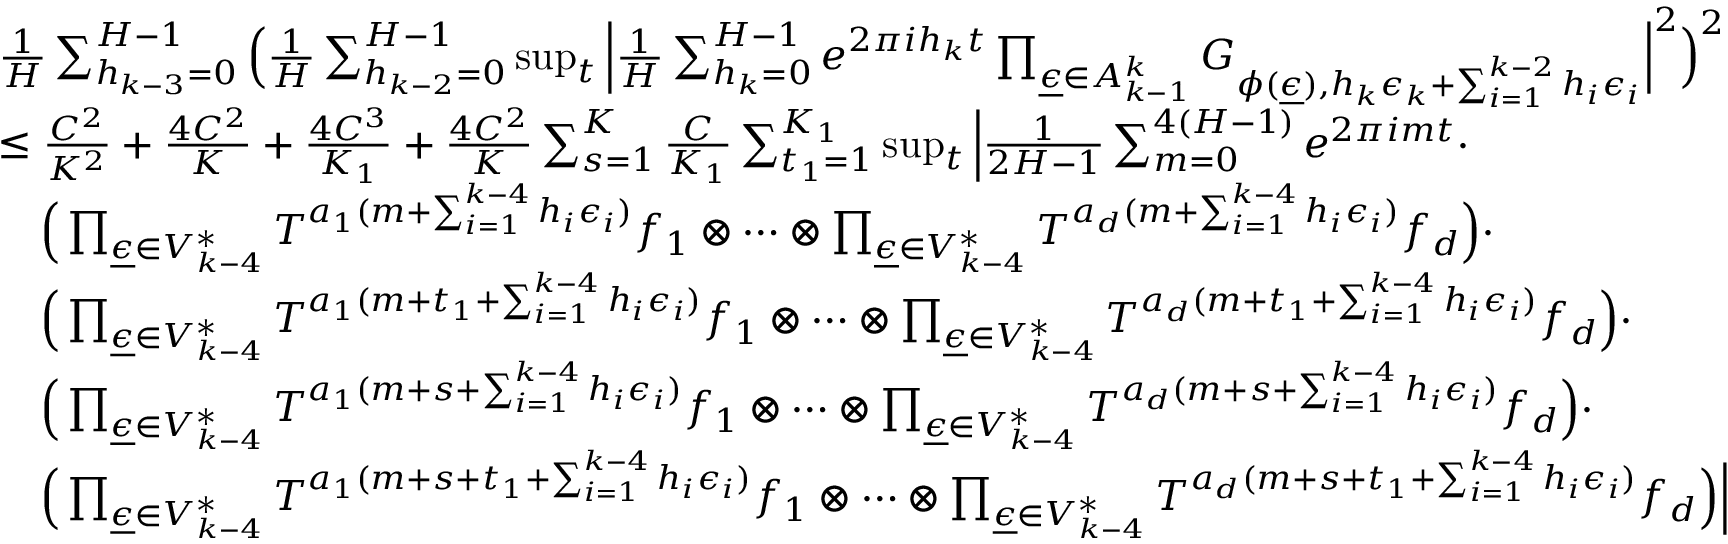
\begin{array} { r l } & { \frac { 1 } { H } \sum _ { h _ { k - 3 } = 0 } ^ { H - 1 } \Big ( \frac { 1 } { H } \sum _ { h _ { k - 2 } = 0 } ^ { H - 1 } \operatorname* { s u p } _ { t } \Big | \frac { 1 } { H } \sum _ { h _ { k } = 0 } ^ { H - 1 } e ^ { 2 \pi i h _ { k } t } \prod _ { \underline { { \epsilon } } \in A _ { k - 1 } ^ { k } } G _ { \phi ( \underline { { \epsilon } } ) , h _ { k } \epsilon _ { k } + \sum _ { i = 1 } ^ { k - 2 } h _ { i } \epsilon _ { i } } \Big | ^ { 2 } \Big ) ^ { 2 } } \\ & { \le \frac { C ^ { 2 } } { K ^ { 2 } } + \frac { 4 C ^ { 2 } } { K } + \frac { 4 C ^ { 3 } } { K _ { 1 } } + \frac { 4 C ^ { 2 } } { K } \sum _ { s = 1 } ^ { K } \frac { C } { K _ { 1 } } \sum _ { t _ { 1 } = 1 } ^ { K _ { 1 } } \operatorname* { s u p } _ { t } \Big | \frac { 1 } { 2 H - 1 } \sum _ { m = 0 } ^ { 4 ( H - 1 ) } e ^ { 2 \pi i m t } \cdot } \\ & { \ \ \ \Big ( \prod _ { \underline { { \epsilon } } \in V _ { k - 4 } ^ { * } } T ^ { a _ { 1 } ( m + \sum _ { i = 1 } ^ { k - 4 } h _ { i } \epsilon _ { i } ) } f _ { 1 } \otimes \cdots \otimes \prod _ { \underline { { \epsilon } } \in V _ { k - 4 } ^ { * } } T ^ { a _ { d } ( m + \sum _ { i = 1 } ^ { k - 4 } h _ { i } \epsilon _ { i } ) } f _ { d } \Big ) \cdot } \\ & { \ \ \ \Big ( \prod _ { \underline { { \epsilon } } \in V _ { k - 4 } ^ { * } } T ^ { a _ { 1 } ( m + t _ { 1 } + \sum _ { i = 1 } ^ { k - 4 } h _ { i } \epsilon _ { i } ) } f _ { 1 } \otimes \cdots \otimes \prod _ { \underline { { \epsilon } } \in V _ { k - 4 } ^ { * } } T ^ { a _ { d } ( m + t _ { 1 } + \sum _ { i = 1 } ^ { k - 4 } h _ { i } \epsilon _ { i } ) } f _ { d } \Big ) \cdot } \\ & { \ \ \ \Big ( \prod _ { \underline { { \epsilon } } \in V _ { k - 4 } ^ { * } } T ^ { a _ { 1 } ( m + s + \sum _ { i = 1 } ^ { k - 4 } h _ { i } \epsilon _ { i } ) } f _ { 1 } \otimes \cdots \otimes \prod _ { \underline { { \epsilon } } \in V _ { k - 4 } ^ { * } } T ^ { a _ { d } ( m + s + \sum _ { i = 1 } ^ { k - 4 } h _ { i } \epsilon _ { i } ) } f _ { d } \Big ) \cdot } \\ & { \ \ \ \Big ( \prod _ { \underline { { \epsilon } } \in V _ { k - 4 } ^ { * } } T ^ { a _ { 1 } ( m + s + t _ { 1 } + \sum _ { i = 1 } ^ { k - 4 } h _ { i } \epsilon _ { i } ) } f _ { 1 } \otimes \cdots \otimes \prod _ { \underline { { \epsilon } } \in V _ { k - 4 } ^ { * } } T ^ { a _ { d } ( m + s + t _ { 1 } + \sum _ { i = 1 } ^ { k - 4 } h _ { i } \epsilon _ { i } ) } f _ { d } \Big ) \Big | } \end{array}